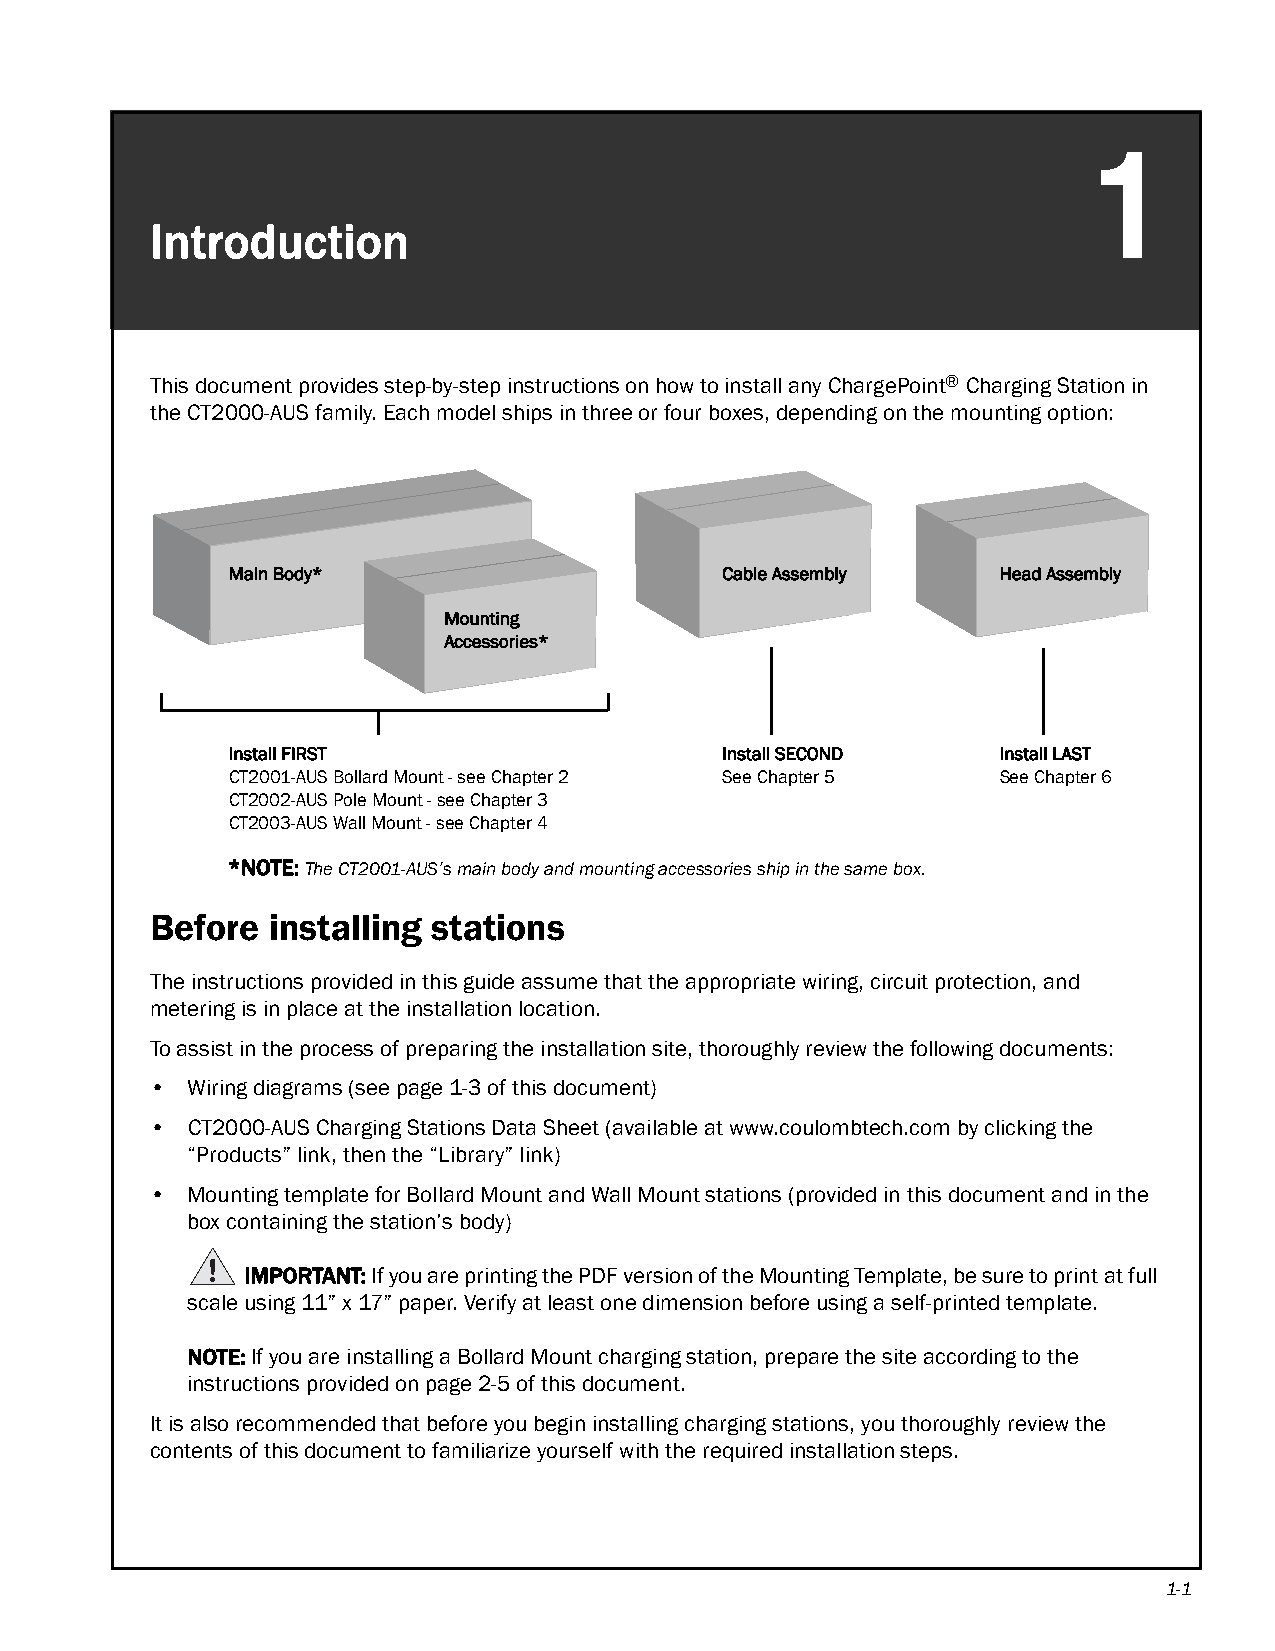
1
 Introduction
 This document provides step-by-step instructions on how to install any ChargePoint® Charging Station in
 the CT2000-AUS family. Each model ships in three or four boxes, depending on the mounting option:
 Main Body*                       Cable Assembly    Head Assembly
 Mounting
 Accessories*
 Install FIRST                    Install SECOND    Install LAST
 CT2001-AUS Bollard Mount - see Chapter 2 See Chapter 5 See Chapter 6
 CT2002-AUS Pole Mount - see Chapter 3
 CT2003-AUS Wall Mount - see Chapter 4
 *NOTE: The CT2001-AUS’s main body and mounting accessories ship in the same box.
 Before  installing stations
 The instructions provided in this guide assume that the appropriate wiring, circuit protection, and
 metering is in place at the installation location.
 To assist in the process of preparing the installation site, thoroughly review the following documents:
 • Wiring diagrams (see page1-3 of this document)
 • CT2000-AUS Charging Stations Data Sheet (available at www.coulombtech.com by clicking the
 “Products” link, then the “Library” link)
 • Mounting template for Bollard Mount and Wall Mount stations (provided in this document and in the
 box containing the station’s body)
 IMPORTANT: If you are printing the PDF version of the Mounting Template, be sure to print at full
 scale using 11” x 17” paper. Verify at least one dimension before using a self-printed template.
 NOTE: If you are installing a Bollard Mount charging station, prepare the site according to the
 instructions provided on page2-5 of this document.
 It is also recommended that before you begin installing charging stations, you thoroughly review the
 contents of this document to familiarize yourself with the required installation steps.
 1-1